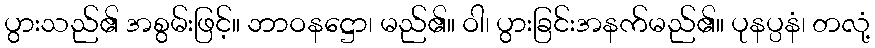
ပွားသည်၏ အစွမ်းဖြင့်။ ဘာဝနဋ္ဌော၊ မည်၏။ ဝါ၊ ပွားခြင်းအနက်မည်၏။ ပုနပ္ပနံ၊ တလုံ့